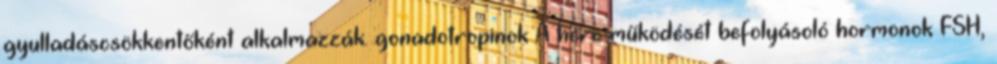
gyulladáscsökkentőként alkalmazzák. gonadotropinok A here működését befolyásoló hormonok FSH,